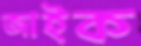
জাইক